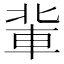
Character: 軰